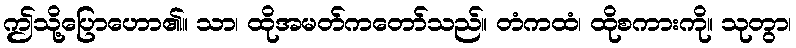
ဤသို့ပြောဟော၏။ သာ၊ ထိုအမတ်ကတော်သည်။ တံကထံ၊ ထိုစကားကို။ သုတွာ၊